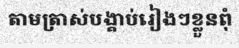
តាមត្រាស់បង្គាប់រៀងៗខ្លួនពុំ